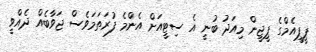
ޕީޕީއެމްގެ ޕީޖީން މިއަދު ބުނީ އެ ސިޓީއަށް އެންމެ ފުރަތަމަވެސް ޖަވާބެއް ދެއްވީ